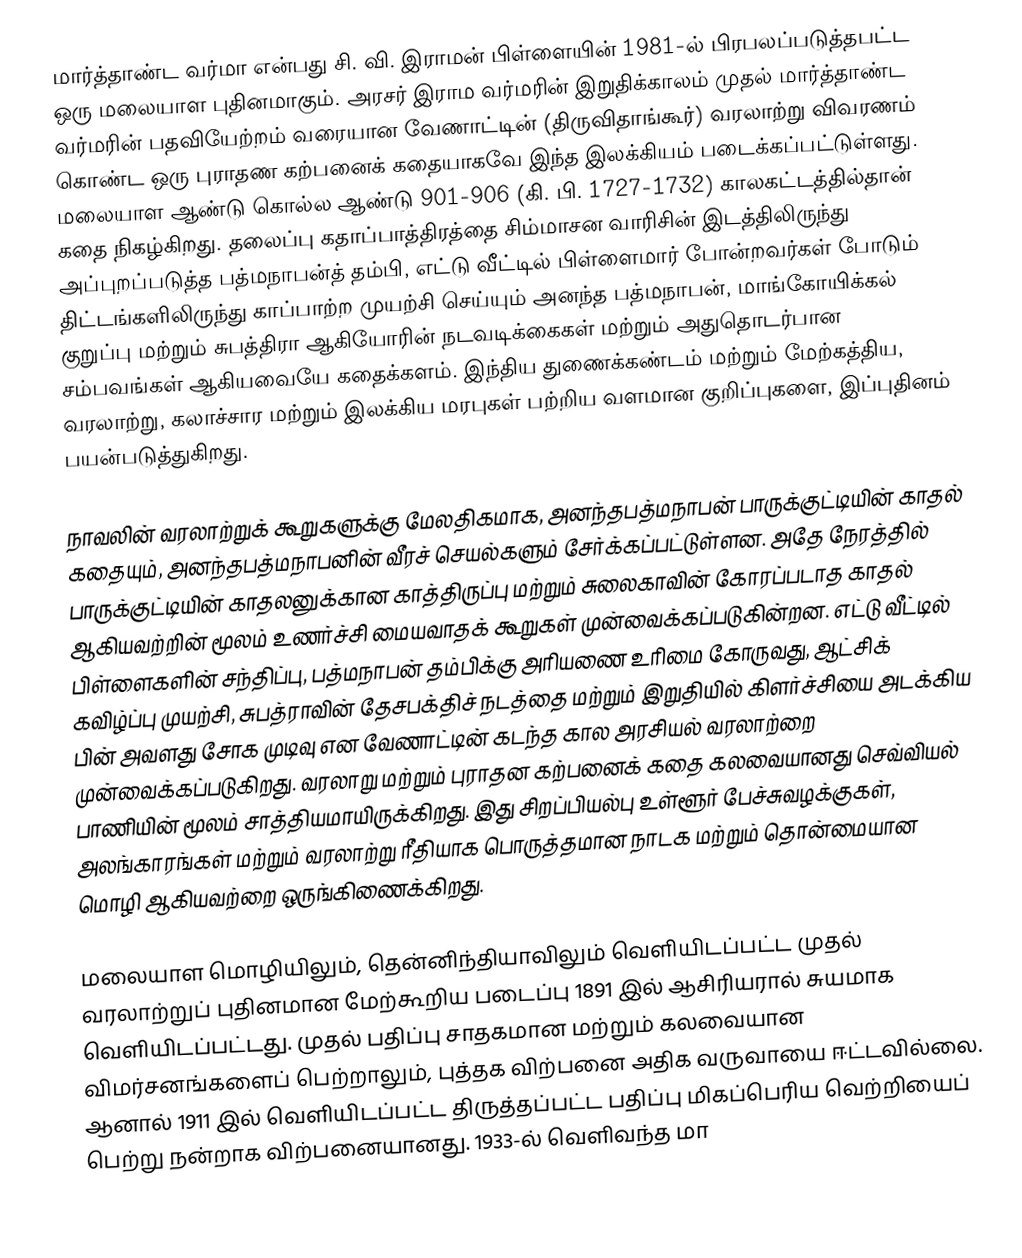
மார்த்தாண்ட வர்மா என்பது சி. வி. இராமன் பிள்ளையின் 1981-ல் பிரபலப்படுத்தபட்ட ஒரு மலையாள புதினமாகும். அரசர் இராம வர்மரின் இறுதிக்காலம் முதல் மார்த்தாண்ட வர்மரின் பதவியேற்றம் வரையான வேணாட்டின் (திருவிதாங்கூர்) வரலாற்று விவரணம் கொண்ட ஒரு புராதண கற்பனைக் கதையாகவே இந்த இலக்கியம் படைக்கப்பட்டுள்ளது. மலையாள ஆண்டு கொல்ல ஆண்டு 901-906 (கி. பி. 1727-1732) காலகட்டத்தில்தான் கதை நிகழ்கிறது. தலைப்பு கதாப்பாத்திரத்தை சிம்மாசன வாரிசின் இடத்திலிருந்து அப்புறப்படுத்த பத்மநாபன்த் தம்பி, எட்டு வீட்டில் பிள்ளைமார் போன்றவர்கள் போடும் திட்டங்களிலிருந்து காப்பாற்ற முயற்சி செய்யும் அனந்த பத்மநாபன், மாங்கோயிக்கல் குறுப்பு மற்றும் சுபத்திரா ஆகியோரின் நடவடிக்கைகள் மற்றும் அதுதொடர்பான சம்பவங்கள் ஆகியவையே கதைக்களம். இந்திய துணைக்கண்டம் மற்றும் மேற்கத்திய, வரலாற்று, கலாச்சார மற்றும் இலக்கிய மரபுகள் பற்றிய வளமான குறிப்புகளை, இப்புதினம் பயன்படுத்துகிறது.

நாவலின் வரலாற்றுக் கூறுகளுக்கு மேலதிகமாக, அனந்தபத்மநாபன் பாருக்குட்டியின் காதல் கதையும், அனந்தபத்மநாபனின் வீரச் செயல்களும் சேர்க்கப்பட்டுள்ளன. அதே நேரத்தில் பாருக்குட்டியின் காதலனுக்கான காத்திருப்பு மற்றும் சுலைகாவின் கோரப்படாத காதல் ஆகியவற்றின் மூலம் உணர்ச்சி மையவாதக் கூறுகள் முன்வைக்கப்படுகின்றன. எட்டு வீட்டில் பிள்ளைகளின் சந்திப்பு, பத்மநாபன் தம்பிக்கு அரியணை உரிமை கோருவது, ஆட்சிக் கவிழ்ப்பு முயற்சி, சுபத்ராவின் தேசபக்திச் நடத்தை மற்றும் இறுதியில் கிளர்ச்சியை அடக்கிய பின் அவளது சோக முடிவு என வேணாட்டின் கடந்த கால அரசியல் வரலாற்றை முன்வைக்கப்படுகிறது. வரலாறு மற்றும் புராதன கற்பனைக் கதை கலவையானது செவ்வியல் பாணியின் மூலம் சாத்தியமாயிருக்கிறது. இது சிறப்பியல்பு உள்ளூர் பேச்சுவழக்குகள், அலங்காரங்கள் மற்றும் வரலாற்று ரீதியாக பொருத்தமான நாடக மற்றும் தொன்மையான மொழி ஆகியவற்றை ஒருங்கிணைக்கிறது.

மலையாள மொழியிலும், தென்னிந்தியாவிலும் வெளியிடப்பட்ட முதல் வரலாற்றுப் புதினமான மேற்கூறிய படைப்பு 1891 இல் ஆசிரியரால் சுயமாக வெளியிடப்பட்டது. முதல் பதிப்பு சாதகமான மற்றும் கலவையான விமர்சனங்களைப் பெற்றாலும், புத்தக விற்பனை அதிக வருவாயை ஈட்டவில்லை. ஆனால் 1911 இல் வெளியிடப்பட்ட திருத்தப்பட்ட பதிப்பு மிகப்பெரிய வெற்றியைப் பெற்று நன்றாக விற்பனையானது. 1933-ல் வெளிவந்த மா